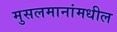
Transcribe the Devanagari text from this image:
मुसलमानांमधील